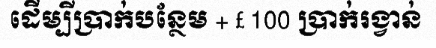
ដើម្បីប្រាក់បន្ថែម + £ 100 ប្រាក់រង្វាន់